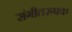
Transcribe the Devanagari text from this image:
संगीतरूपक